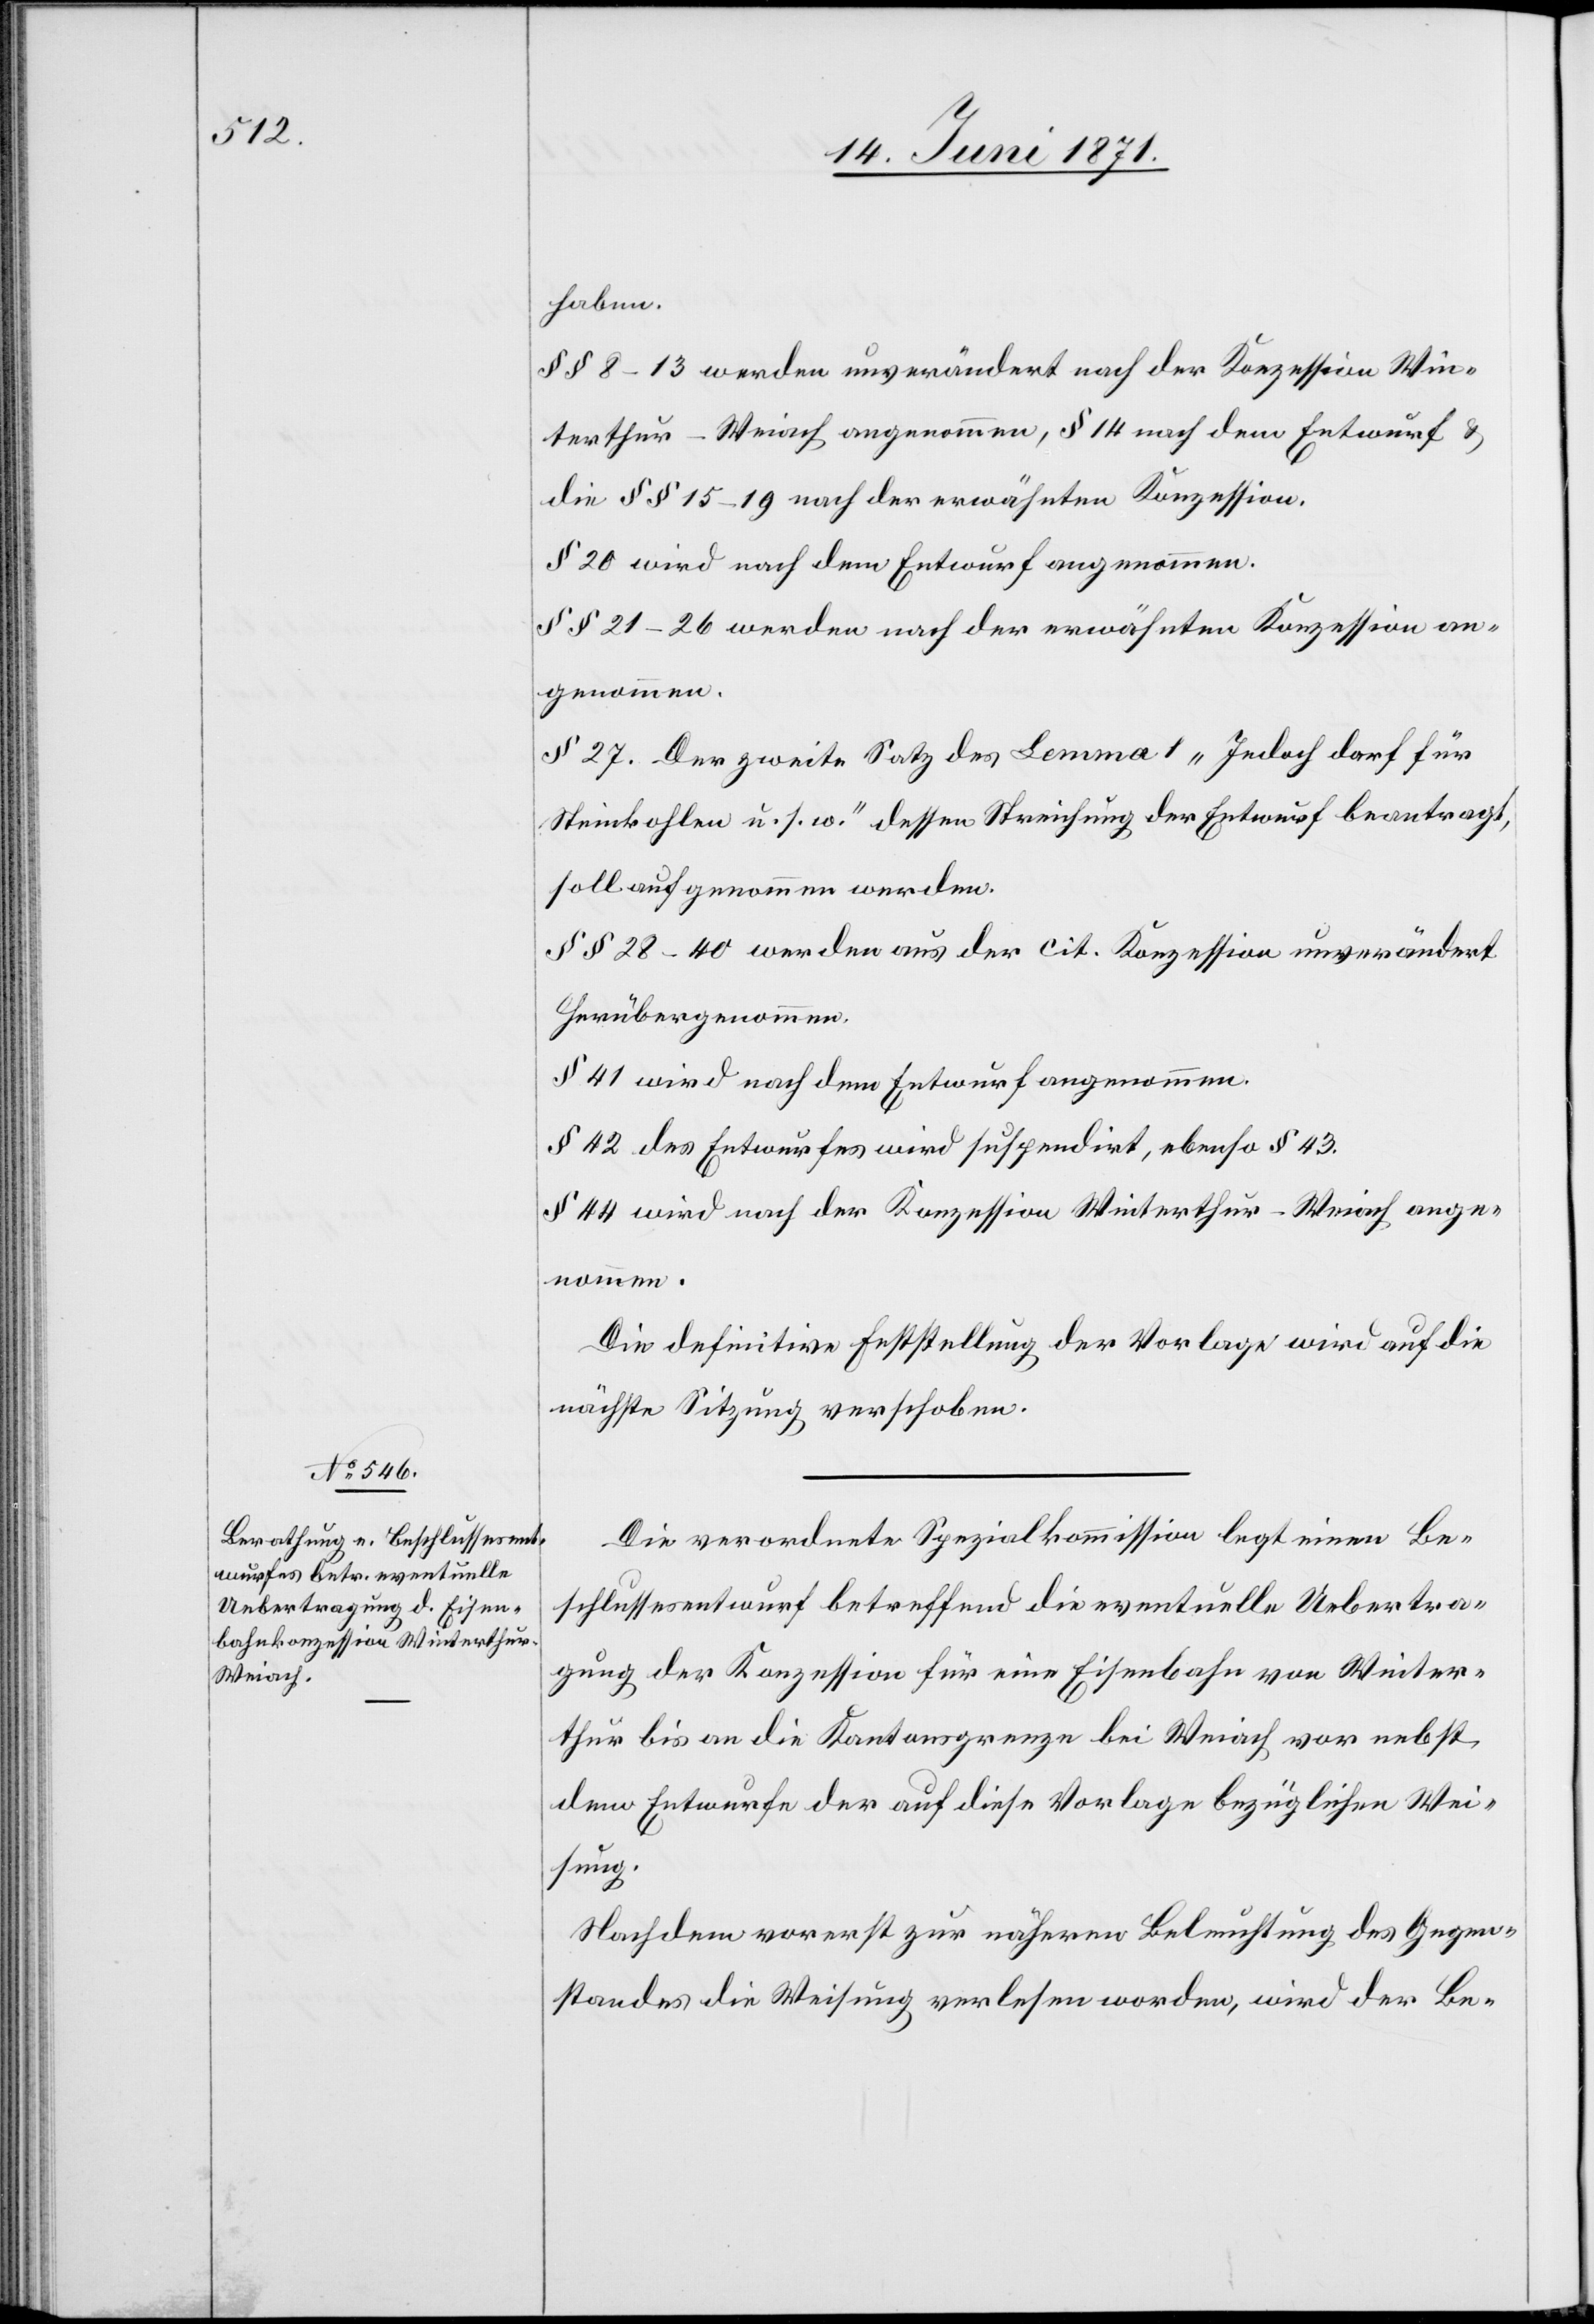
haben.
§§ 8–13 werden unverändert nach der Konzession Win¬
terthur-Weiach angenommen, § 14 nach dem Entwurf u.
die §§ 15–19 nach der erwähnten Konzession.
§ 20 wird nach dem Entwurf angenommen.
§§ 21–26 werden nach der erwähnten Konzession an¬
genommen.
§ 27. Der zweite Satz des Lemma 1 „Jedoch darf für
Steinkohlen u. s. w.“ dessen Streichung der Entwurf beantragt,
soll aufgenommen werden.
§§ 28–40 werden aus der cit. Konzession unverändert
herübergenommen.
§ 41 wird nach dem Entwurf angenommen.
§ 42 des Entwurfes wird suspendirt, ebenso § 43.
§§ 44 wird nach der Konzession Winterthur-Weiach ange¬
nommen.
Die definitive Feststellung der Vorlage wird auf die
nächste Sitzung verschoben.
Die verordnete Spezialkommission legt einen Be¬
schlussesentwurf betreffend die eventuelle Uebertra¬
gung der Konzession für eine Eisenbahn von Winter¬
thur bis an die Kantonsgrenze bei Weiach vor nebst,
dem Entwurfe der auf diese Vorlage bezüglichen Wei¬
sung.
Nach dem vorerst zur näheren Beleuchtung des Gegen¬
standes die Weisung verlesen worden, wird der Be-